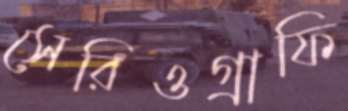
সেরিওগ্রাফি